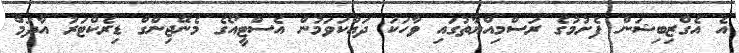
އެ އެގްޒިބިޝަން ފެށުމުގެ ރަސްމިއްޔާތުގައި ވާހަކަ ދައްކަވަމުން އެސްޓީއޯގެ މެނޭޖިންގް ޑިރެކްޓަރު އާދަމް